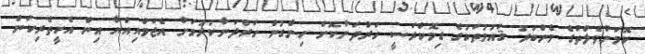
ކޮމަންވެލްތުގެ މެންބަރު ޤައުމުތަކުގެ ޑިމޮކްރަސީ ހަރުދަނާކޮށް ހިންގުން ހަރުދަނާކުރުމަށް އެޖަމްއިއްޔާ އިން އެހީތެރިކަން